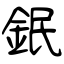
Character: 鈱